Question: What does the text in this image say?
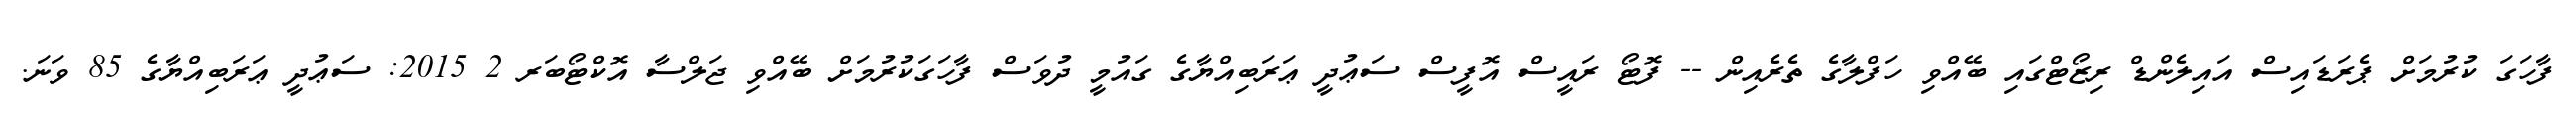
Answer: ފާހަގަ ކުރުމަށް ޕެރަޑައިސް އައިލެންޑް ރިޒޯޓްގައި ބޭއްވި ހަފްލާގެ ތެރެއިން -- ފޮޓޯ ރައީސް އޮފީސް ސަޢުދީ ޢަރަބިއްޔާގެ ގައުމީ ދުވަސް ފާހަގަކުރުމަށް ބޭއްވި ޖަލްސާ އޮކްޓޯބަރ 2 2015: ސަޢުދީ ޢަރަބިއްޔާގެ 85 ވަނަ.